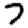
Digit: 7